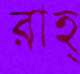
রাহ্